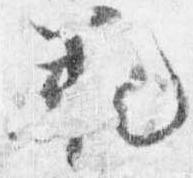
範